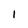
Character: 1